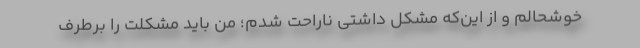
خوشحالم و از این‌که مشکل داشتی ناراحت شدم؛ من باید مشکلت را برطرف